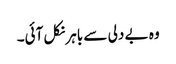
وہ بے دلی سے باہر نکل آئی۔